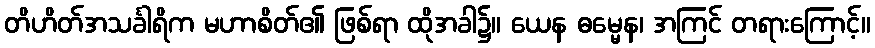
တိဟိတ်အသင်္ခါရိက မဟာစိတ်၏ ဖြစ်ရာ ထိုအခါ၌။ ယေန ဓမ္မေန၊ အကြင် တရားကြောင့်။